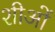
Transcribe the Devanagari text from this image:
शीओं